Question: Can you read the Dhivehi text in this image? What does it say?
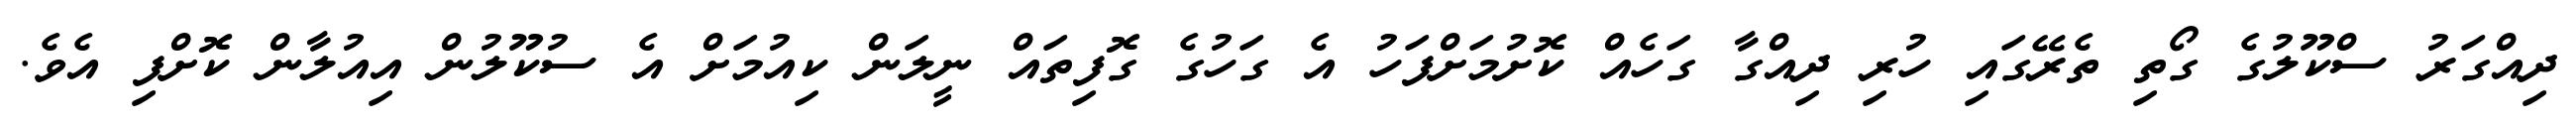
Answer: ދިއްގަރު ސްކޫލުގެ ގޯތި ތެރޭގައި ހުރި ދިއްގާ ގަހެއް ކޮށުމަށްފަހު އެ ގަހުގެ ގޮފިތައް ނީލަން ކިއުމަށް އެ ސުކޫލުން އިއުލާން ކޮށްފި އެވެ.